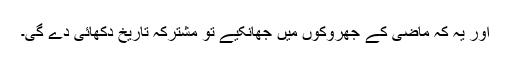
اور یہ کہ ماضی کے جھروکوں میں جھانکیے تو مشترکہ تاریخ دکھائی دے گی۔